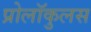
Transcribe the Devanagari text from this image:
प्रोलॉकुलस